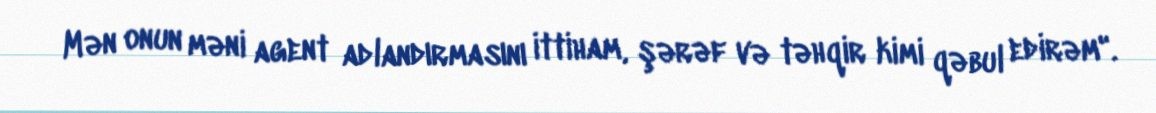
Mən onun məni agent adlandırmasını ittiham, şərəf və təhqir kimi qəbul edirəm".